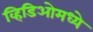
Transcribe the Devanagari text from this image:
व्हिडिओमध्ये